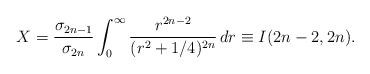
LaTeX: \begin{align*}X=\frac{\sigma_{2n-1}}{\sigma_{2n}}\int_{0}^{\infty}\frac{r^{2n-2}}{(r^2+1/4)^{2n}} \, dr \equiv I(2n-2,2n).\end{align*}